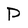
Character: P